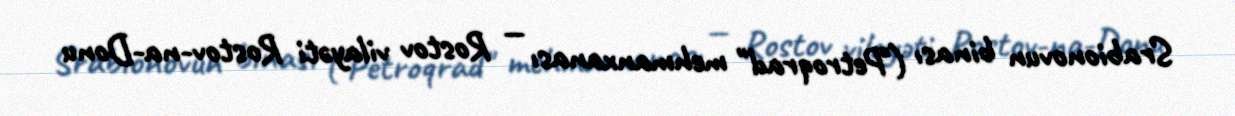
Srabionovun binası ("Petroqrad" mehmanxanası — Rostov vilayəti Rostov-na-Donu